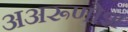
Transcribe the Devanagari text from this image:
अअरूणोश